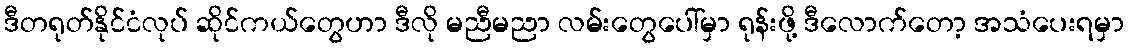
ဒီတရုတ်နိုင်ငံလုပ် ဆိုင်ကယ်တွေဟာ ဒီလို မညီမညာ လမ်းတွေပေါ်မှာ ရုန်းဖို့ ဒီလောက်တော့ အသံပေးရမှာ